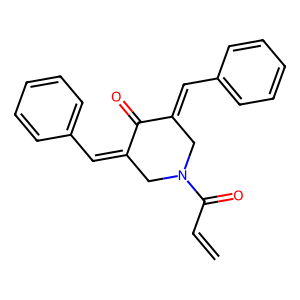
SMILES: C=CC(=O)N1CC(=Cc2ccccc2)C(=O)C(=Cc2ccccc2)C1
Inhibits HIV replication: No